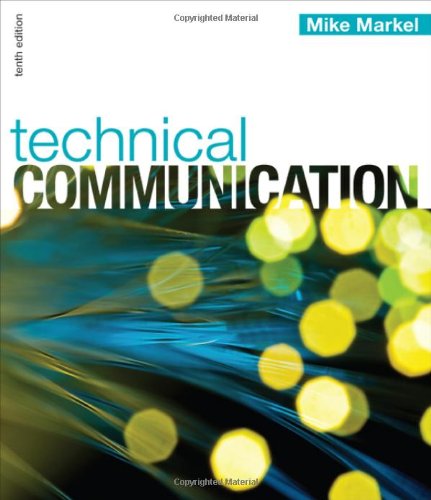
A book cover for Technical Communication; Mike Markel; Politics & Social Sciences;